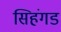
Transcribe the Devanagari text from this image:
सिहंगड